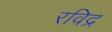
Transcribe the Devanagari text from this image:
रविद्र